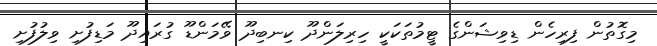
މިގޮތުން ފިރިހެން ޑިވިޝަންގެ ޓީމުތަކަކީ ހިރިލަންދޫ ކިނބިދޫ ވޭމަންޑޫ ގުރައިދޫ މަޑިފުށި ވިލުފުށި